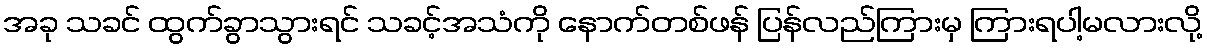
အခု သခင် ထွက်ခွာသွားရင် သခင့်အသံကို နောက်တစ်ဖန် ပြန်လည်ကြားမှ ကြားရပါ့မလားလို့